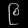
Digit: ၉